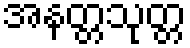
အနတ္တသုတ္တ